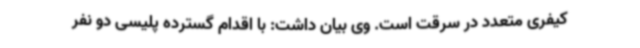
کیفری متعدد در سرقت است. وی بیان داشت: با اقدام گسترده پلیسی دو نفر